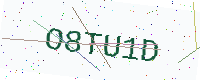
Text: O8TU1D